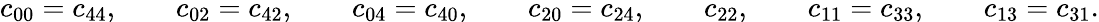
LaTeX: c_{00}=c_{44},\qquad c_{02}=c_{42},\qquad c_{04}=c_{40},\qquad c_{20}=c_{24},\qquad c_{22},\qquad c_{11}=c_{33},\qquad c_{13}=c_{31}.